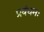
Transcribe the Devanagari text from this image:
प्रबंधनः